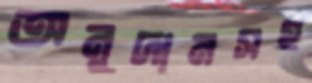
অনুদানসহ